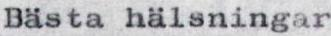
Bästa hälsningar